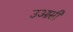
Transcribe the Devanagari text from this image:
उआसी